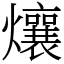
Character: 爙